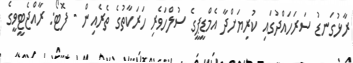
ރާޅުގަނޑު ސަރަހައްދުގައި ކުރިޔަށްދާ އެމްޑީޕީގެ ސުލްހަވެރި ހަރަކާތުގެ ތެރެއިން - ފޮޓޯ: ރާއްޖެޓީވީގެ